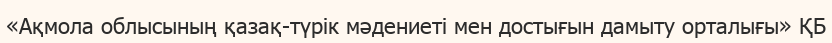
«Ақмола облысының қазақ-түрік мәдениеті мен достығын дамыту орталығы» ҚБ